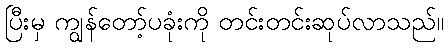
ပြီးမှ ကျွန်တော့်ပခုံးကို တင်းတင်းဆုပ်လာသည်။